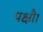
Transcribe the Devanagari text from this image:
पक्षौ।